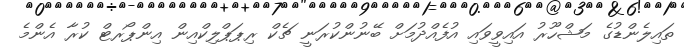
ތައިލެންޑުގެ މަޝްހޫރު އައިވީވައި އުފެއްދުމަށް ބޭނުންކުރަނީ ޗެކް ރިޕަޕްލިކްއިން އިންޕޯރޓް ކުރާ އެންމެ